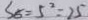
S _ { 5 } = 5 ^ { 2 } = 2 5